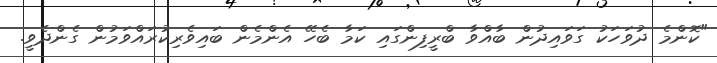
"ކޮންމެ ދުވަހަކު ގަވައިދުން ބާއްވާ ބްރީފިންގައި ކަމާ ބެހޭ އެންމެން ބައިވެރިކުރައްވަމުން ގެންދެވީ.